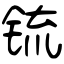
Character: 锍